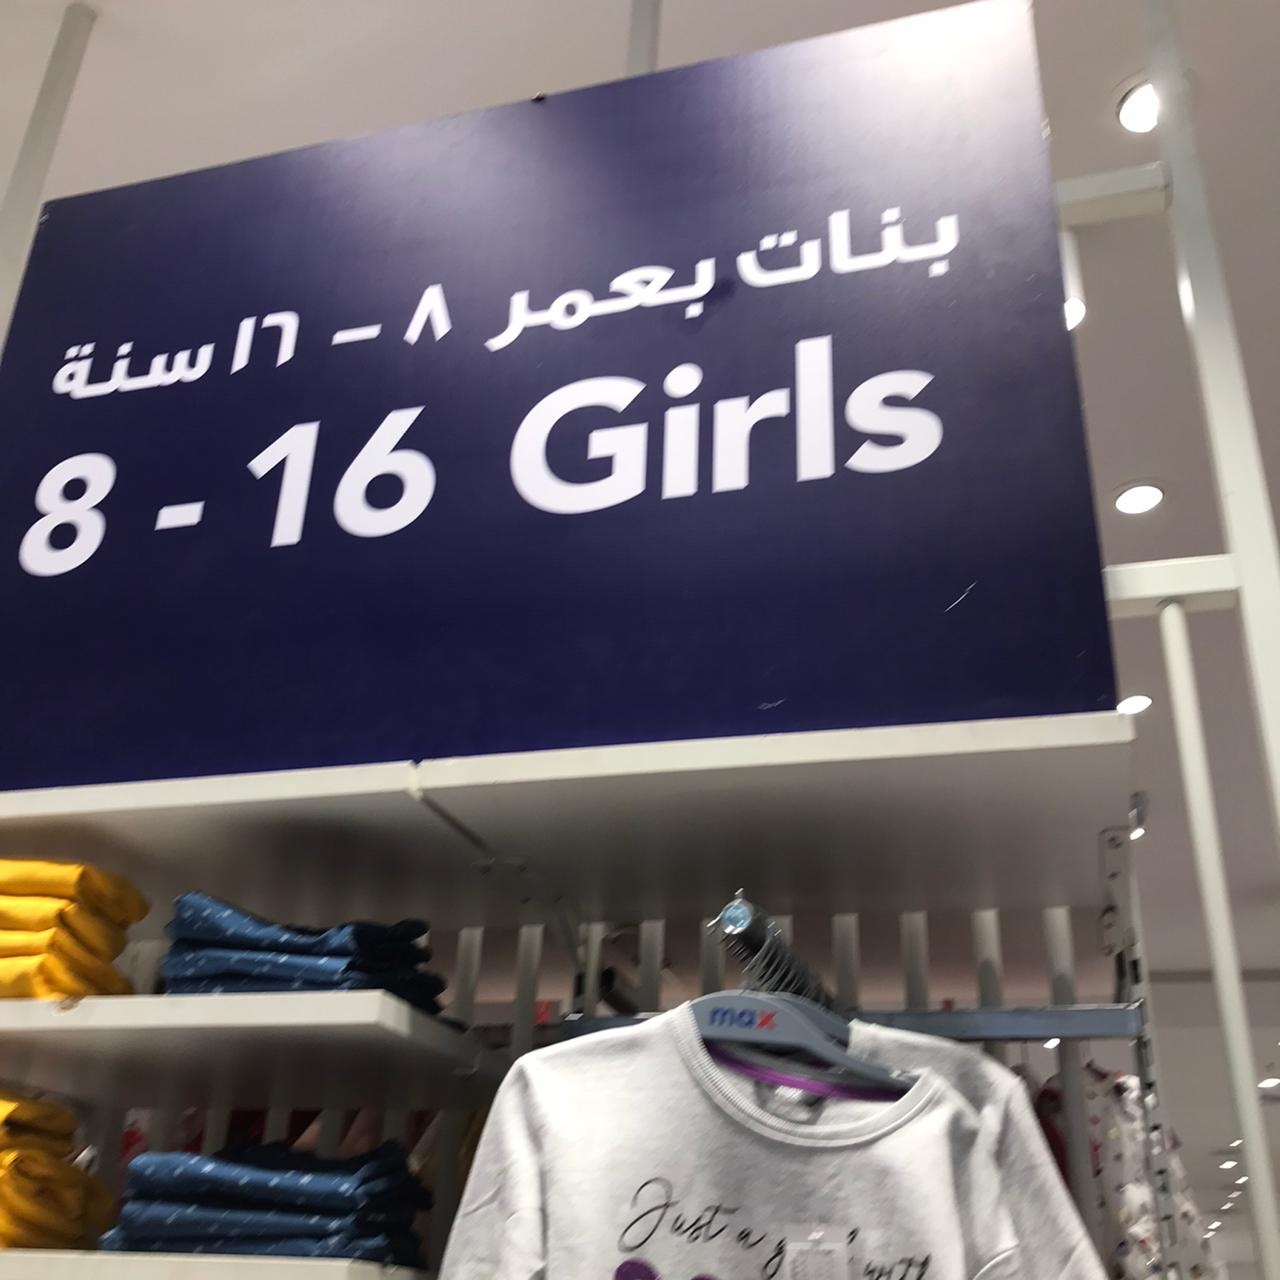
Text in image: بنات بعمر 8 16 سنة Girls 16 8